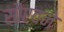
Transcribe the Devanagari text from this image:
सौरवने